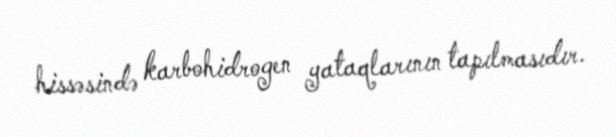
hissəsində karbohidrogen yataqlarının tapılmasıdır.